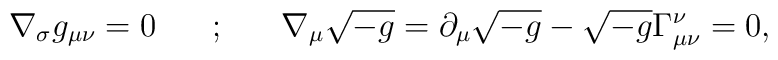
\nabla_{\sigma}g_{\mu\nu} = 0 \hspace{20pt} ; \hspace{20pt} \nabla_{\mu}\sqrt{-g} = \partial_{\mu}\sqrt{-g} - \sqrt{-g}\Gamma^{\nu}_{\mu\nu} = 0,